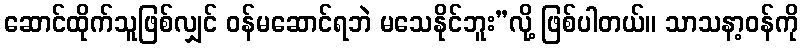
ဆောင်ထိုက်သူဖြစ်လျှင် ဝန်မဆောင်ရဘဲ မသေနိုင်ဘူး”လို့ ဖြစ်ပါတယ်။ သာသနာ့ဝန်ကို